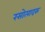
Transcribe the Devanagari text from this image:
रसोत्पादक